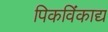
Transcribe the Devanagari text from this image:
पिकविंकाद्य